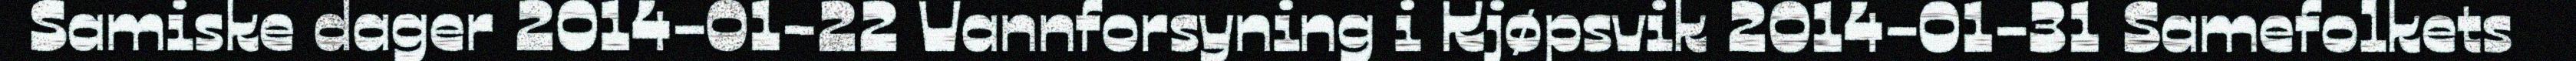
Samiske dager 2014-01-22 Vannforsyning i Kjøpsvik 2014-01-31 Samefolkets